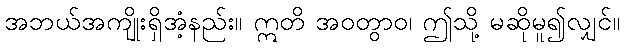
အဘယ်အကျိုးရှိအံ့နည်း။ ဣတိ အဝတွာဝ၊ ဤသို့ မဆိုမူ၍လျှင်။